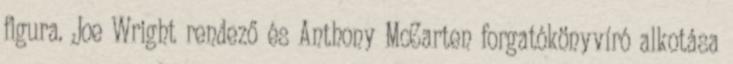
figura. Joe Wright rendező és Anthony McCarten forgatókönyvíró alkotása